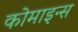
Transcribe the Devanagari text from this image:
कोमाइन्स